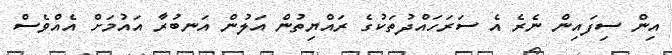
އިން ސިފައިން ނެރެ އެ ސަރަހައްދުތަކުގެ ރައްޔިތުން އަލުން އަނބުރާ އައުމަށް އެއްވެސް